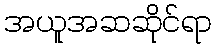
အယူအဆဆိုင်ရာ